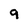
Character: 9